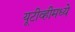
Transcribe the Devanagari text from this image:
यूटीव्हीमध्ये